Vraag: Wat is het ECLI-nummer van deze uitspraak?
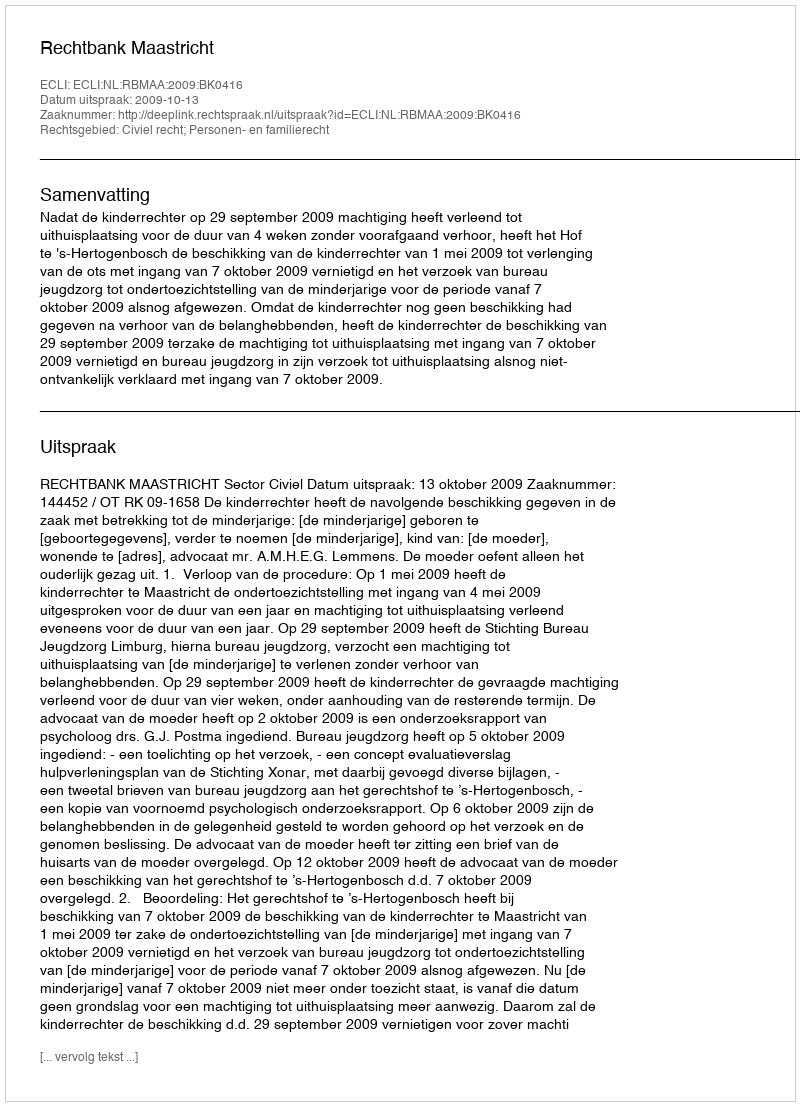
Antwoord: ECLI:NL:RBMAA:2009:BK0416